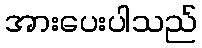
အားပေးပါသည်